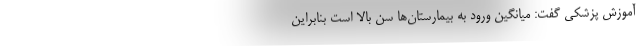
آموزش پزشکی گفت: میانگین ورود به بیمارستان‌ها سن بالا است بنابراین